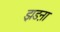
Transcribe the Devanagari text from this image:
झडऩा